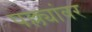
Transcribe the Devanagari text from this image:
पल्ल्यांवर